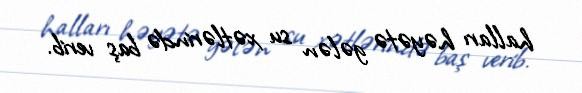
halları həyətə gələn su xətlərində baş verib.